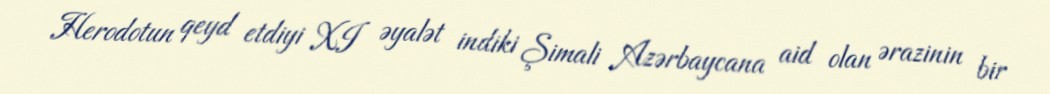
Herodotun qeyd etdiyi XI əyalət indiki Şimali Azərbaycana aid olan ərazinin bir